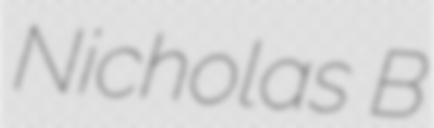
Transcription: Nicholas B